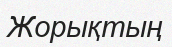
Жорықтың